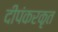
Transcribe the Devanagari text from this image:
दीपंकरकृत